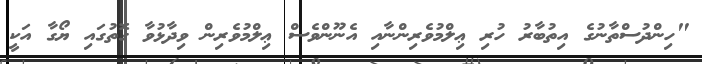
"ހިންދުސްތާނުގެ އިތުބާރު ހުރި ޢިލްމުވެރިންނާއި އެނޫންވެސް ޢިލްމުވެރިން ވިދާޅުވާ ގޮތުގައި ޔޯގާ އަކީ